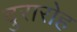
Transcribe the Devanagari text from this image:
दुरारोह